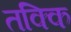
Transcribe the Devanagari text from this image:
तक्कि